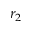
r _ { 2 }